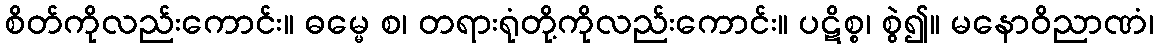
စိတ်ကိုလည်းကောင်း။ ဓမ္မေ စ၊ တရားရုံတို့ကိုလည်းကောင်း။ ပဋိစ္စ၊ စွဲ၍။ မနောဝိညာဏံ၊